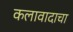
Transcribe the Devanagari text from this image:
कलावादाचा